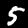
Digit: 5